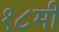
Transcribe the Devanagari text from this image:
१८मी